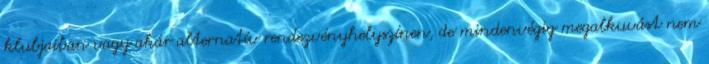
klubjaiban vagy akár alternatív rendezvényhelyszínen, de mindenvégig megalkuvást nem